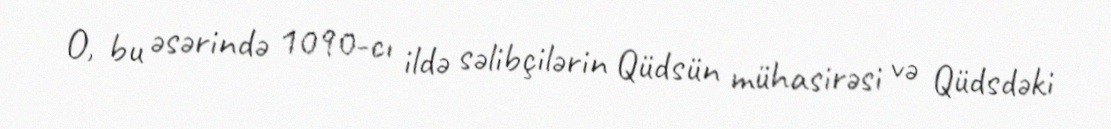
O, bu əsərində 1090-cı ildə səlibçilərin Qüdsün mühasirəsi və Qüdsdəki